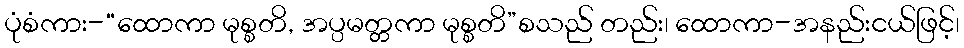
ပုံစံကား-“ထောကာ မုစ္စတိ, အပ္ပမတ္တကာ မုစ္စတိ”စသည် တည်း၊ ထောကာ-အနည်းငယ်ဖြင့်၊